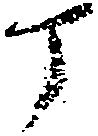
丁